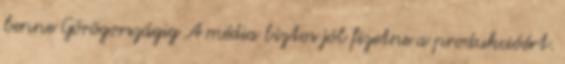
benne Görögországig A média biztos jól fizetne a produkcióért.